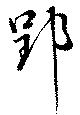
郢